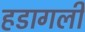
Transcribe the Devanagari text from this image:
हडागली